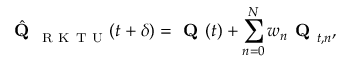
\hat { \textbf { Q } } _ { \mathrm { ~ R ~ K ~ T ~ U ~ } } ( t + \delta ) = \textbf { Q } ( t ) + \sum _ { n = 0 } ^ { N } w _ { n } \textbf { Q } _ { t , n } ,